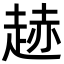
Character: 䞰